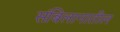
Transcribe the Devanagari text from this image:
संबिलानातील